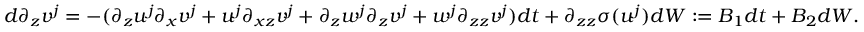
\begin{array} { r l } & { d \partial _ { z } v ^ { j } = - ( \partial _ { z } u ^ { j } \partial _ { x } v ^ { j } + u ^ { j } \partial _ { x z } v ^ { j } + \partial _ { z } w ^ { j } \partial _ { z } v ^ { j } + w ^ { j } \partial _ { z z } v ^ { j } ) d t + \partial _ { z z } \sigma ( u ^ { j } ) d W : = B _ { 1 } d t + B _ { 2 } d W . } \end{array}